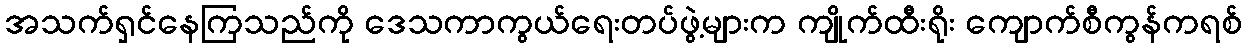
အသက်ရှင်နေကြသည်ကို ဒေသကာကွယ်ရေးတပ်ဖွဲ့များက ကျိုက်ထီးရိုး ကျောက်စီကွန်ကရစ်